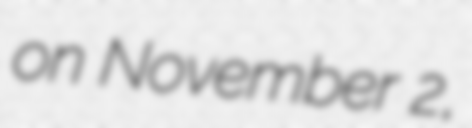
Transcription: on November 2,